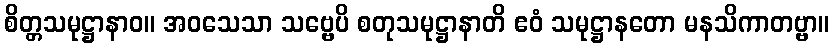
စိတ္တသမုဋ္ဌာနာဝ။ အဝသေသာ သဗ္ဗေပိ စတုသမုဋ္ဌာနာတိ ဧဝံ သမုဋ္ဌာနတော မနသိကာတဗ္ဗာ။